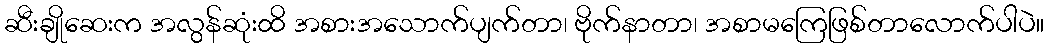
ဆီးချိုဆေးက အလွန်ဆုံးထိ အစားအသောက်ပျက်တာ၊ ဗိုက်နာတာ၊ အစာမကြေဖြစ်တာလောက်ပါပဲ။